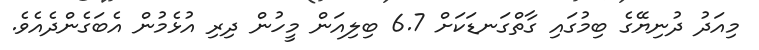
މިއަދު ދުނިޔޭގެ ބިމުގައި ގާތްގަނޑަކަށް 6.7 ބިލިއަން މީހުން ދިރި އުޅެމުން އެބަގެންދެއެވެ.